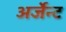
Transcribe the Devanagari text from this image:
अर्जेन्ट